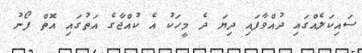
ސައިކަލެއްގައި ދުއްވާފައި ދިޔަ ދެ މީހަކު އެ ކުއްޖާގެ އަތުގައި އޮތް ފޯނު